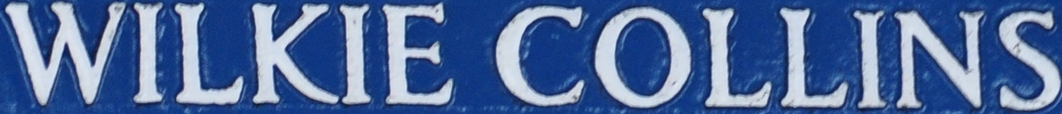
WILKIE COLLINS